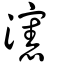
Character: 瀗